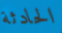
الحادثة